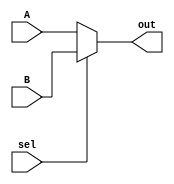
`timescale 1ns / 1ps
module mux2x1(A, B, sel, out);
    input A, B;
    input sel;
    output wire out;
    
    assign out = sel ? B : A;
endmodule